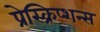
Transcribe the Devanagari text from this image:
प्रेस्क्रिप्शन्स